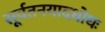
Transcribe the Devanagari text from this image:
सूर्यतनयादधोधः